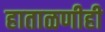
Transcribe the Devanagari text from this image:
हाताळणीही